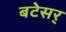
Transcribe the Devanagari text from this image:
बटेसर्